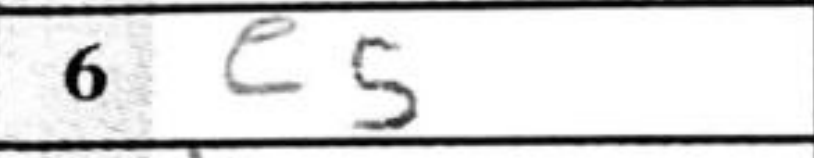
Transcription: e5